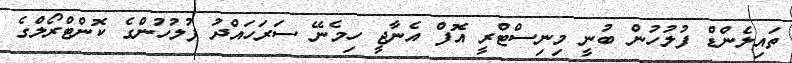
ތައިލެންޑް ފުލުހުން ބުނީ މިނިސްޓްރީ އޮފް އެނާޖީ ހިމެނޭ ސަރަހައްދު ފުލުހުންގެ ކޮންޓްރޯލްގެ